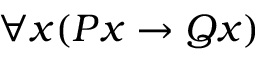
\forall { x } ( P { x } \to Q { x } )